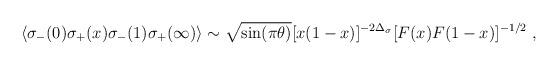
LaTeX: \begin{align*}\langle \sigma_- (0) \sigma_+ (x) \sigma_- (1)\sigma_+ (\infty) \rangle \sim \sqrt{\sin (\pi \theta)}[ x (1-x)]^{-2 \Delta_\sigma} [F(x) F(1-x)]^{-1/2}\ ,\end{align*}